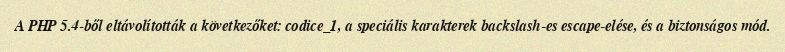
A PHP 5.4-ből eltávolították a következőket: codice_1, a speciális karakterek backslash-es escape-elése, és a biztonságos mód.